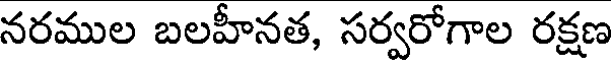
నరముల బలహీనత, సర్వరోగాల రక్షణ